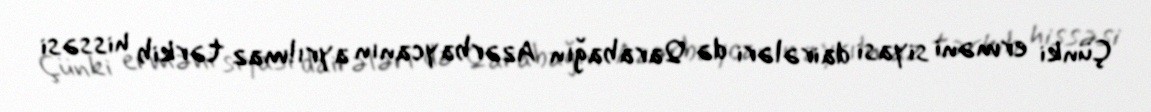
Çünki erməni siyasi dairələri də Qarabağın Azərbaycanın ayrılmaz tərkib hissəsi